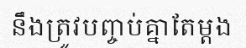
នឹងត្រូវបញ្ចប់គ្នាតែម្តង